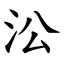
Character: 㳂